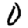
Digit: 0